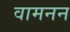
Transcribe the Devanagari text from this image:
वामनन